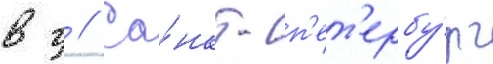
в г // Са́нкт-п'ет'ербу́рг